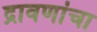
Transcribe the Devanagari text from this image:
द्रावणांचा